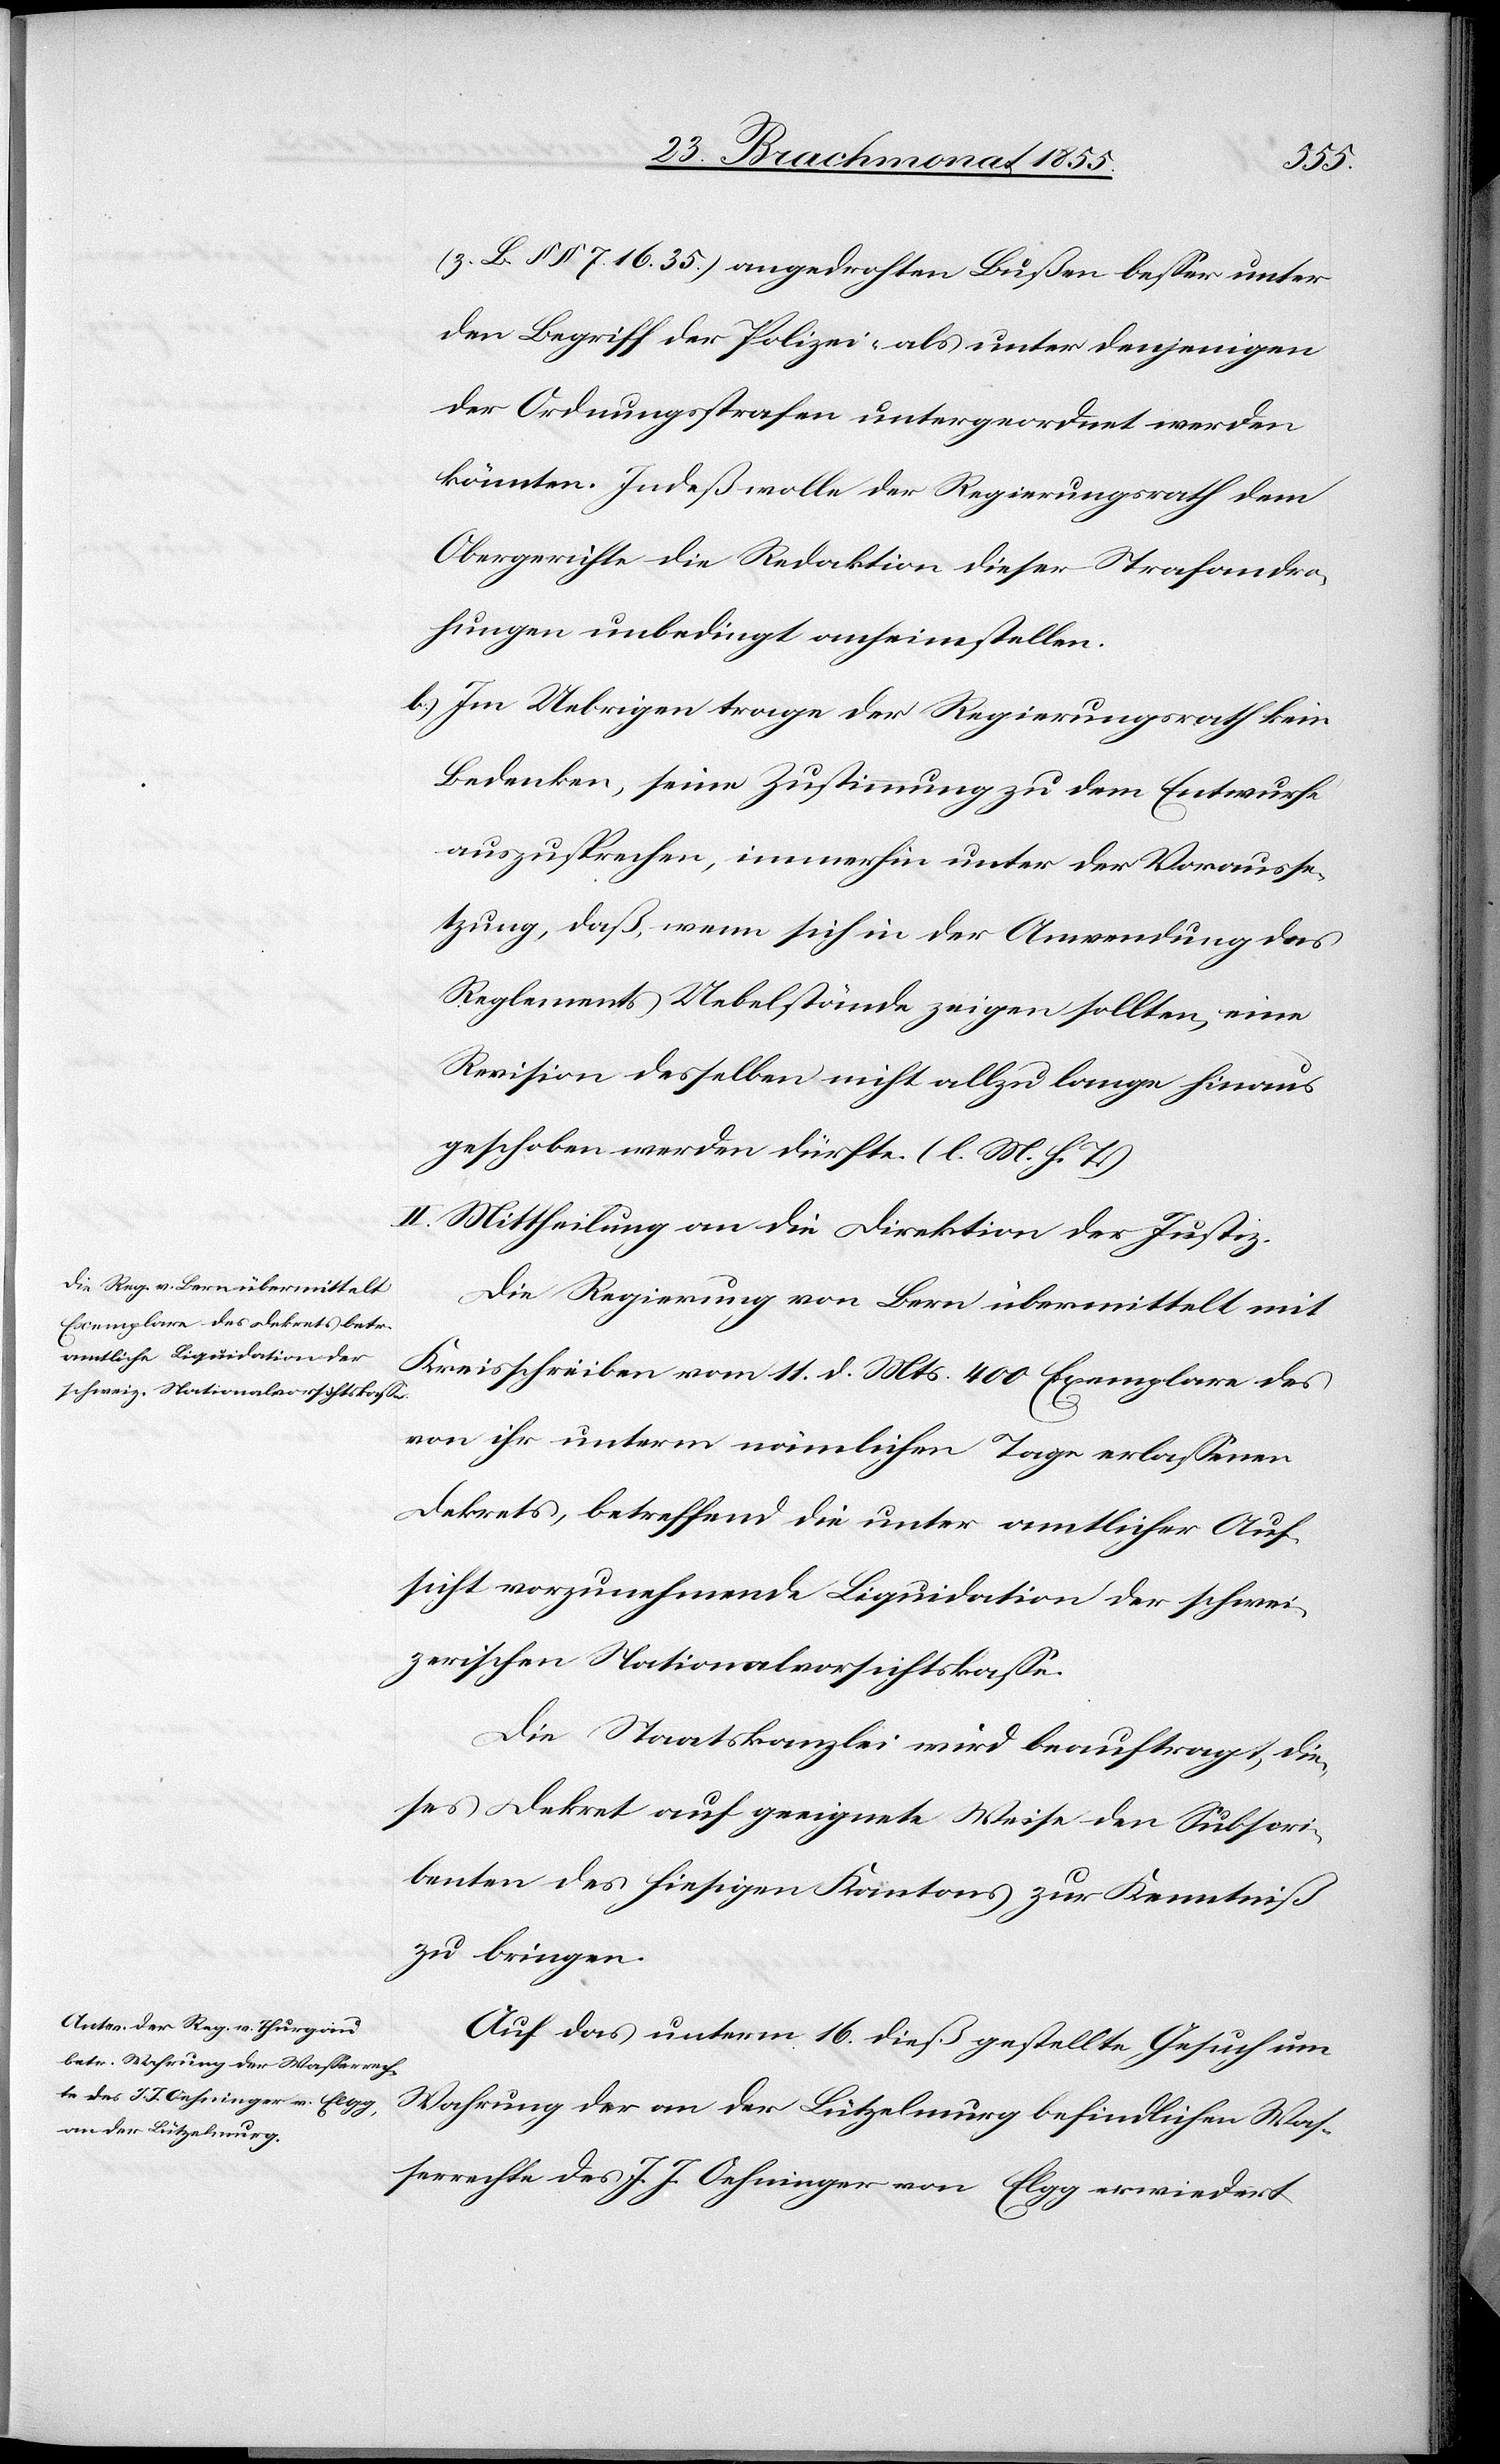
(z. B. §§ 7. 16. 35.) angedrohten Bußen besser unter
den Begriff der Polizei- als unter denjenigen
der Ordnungsstrafen untergeordnet werden
könnten. Indeß wolle der Regierungsrath dem
Obergerichte die Redaktion dieser Strafandro¬
hungen unbedingt anheimstellen.
Im Uebrigen trage der Regierungsrath kein
Bedenken, seine Zustimmung zu dem Entwurfe
auszusprechen, immerhin unter der Vorausse¬
tzung, daß, wenn sich in der Anwendung des
Reglements Uebelstände zeigen sollten, eine
Revision desselben nicht allzu lange hinaus
geschoben werden dürfte. (l. M. h. T.)
II. Mittheilung an die Direktion der Justiz.
Die Regierung von Bern übermittelt mit
Kreisschreiben vom 11. d. Mts. 400 Exemplare des
von ihr unterm nämlichen Tage erlassenen
Dekrets, betreffend die unter amtlicher Auf¬
sicht vorzunehmende Liquidation der schwei¬
zerischen Nationalvorsichtskasse.
Die Staatskanzlei wird beauftragt, die¬
ses Dekret auf geeignete Weise den Subscri¬
benten des hiesigen Kantons zur Kenntniß
zu bringen.
Auf das unterm 16. dieß gestellte Gesuch um
Wahrung der an der Lützelmurg befindlichen Was¬
serrechte des J. J. Oehninger von Elgg erwiedert